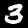
Digit: 3